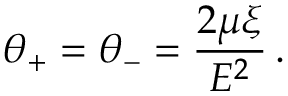
\: \theta _ { + } = \theta _ { - } = \frac { 2 \mu \xi } { E ^ { 2 } } \, . \: